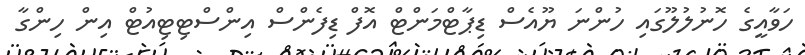
ހަވާއީގެ ހޮނުލުލޫގައި ހުންނަ ޔޫއެސް ޑިޕާޓްމަންޓް އޮފް ޑިފެންސް އިންސްޓިޓިއުޓް އިން ހިންގާ